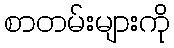
စာတမ်းများကို